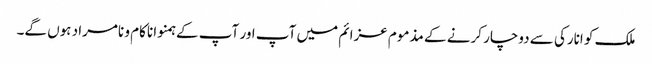
ملک کو انارکی سے دوچار کرنے کے مذموم عزائم میں آپ اور آپ کے ہمنوا ناکام و نامراد ہوں گے۔